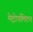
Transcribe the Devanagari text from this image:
मेट्रोपलिटन